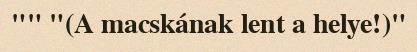
"" "(A macskának lent a helye!)"